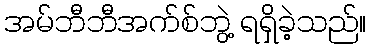
အမ်ဘီဘီအက်စ်ဘွဲ့ ရရှိခဲ့သည်။